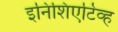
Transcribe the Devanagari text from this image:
इनिशिएटिव्ह